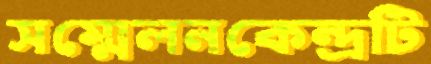
সম্মেলনকেন্দ্রটি